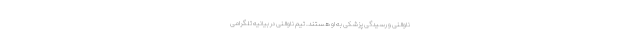
ناوالنی و رسیدگی پزشکی به او هستند. تیم ناوالنی در بیانیه تلگرامی